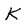
Character: K